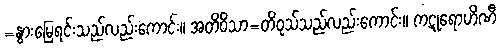
=နွားမြေရင်းသည်လည်းကောင်း။ အတိဝိသာ=တိဝုသ်သည်လည်းကောင်း။ ကဋုရောဟိဏီ